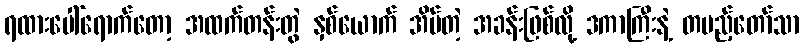
ရထားပေါ်ရောက်တော့ အထက်တန်းတွဲ နှစ်ယောက် အိပ်တဲ့ အခန်းဖြစ်လို့ ဒကာကြီးနဲ့ တပည့်တော်သာ